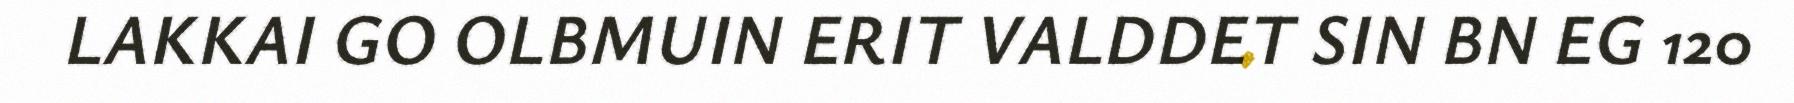
LAKKAI GO OLBMUIN ERIT VALDDET SIN BN EG 120